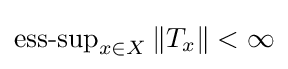
\operatorname {ess-sup} _{x\in X}\|T_{x}\|<\infty